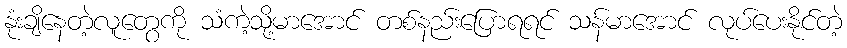
နုံးချိနေတဲ့လူတွေကို သံကဲ့သို့မာအောင် တစ်နည်းပြောရရင် သန်မာအောင် လုပ်ပေးနိုင်တဲ့